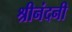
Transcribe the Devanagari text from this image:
श्रीनंदनी